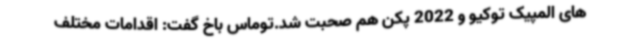
های المپیک توکیو و 2022 پکن هم صحبت شد.توماس باخ گفت: اقدامات مختلف